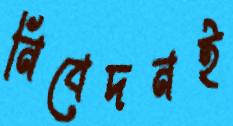
নিবেদনই